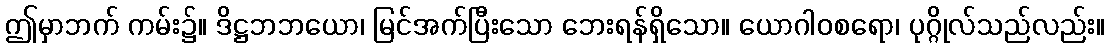
ဤမှာဘက် ကမ်း၌။ ဒိဋ္ဌဘဘယော၊ မြင်အက်ပြီးသော ဘေးရန်ရှိသော။ ယောဂါဝစရော၊ ပုဂ္ဂိုလ်သည်လည်း။